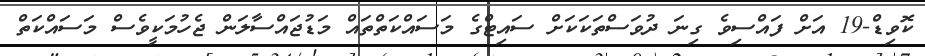
ކޮވިޑް-19 އަށް ފައްސިވެ ގިނަ ދުވަސްތަކަކަށް ސައިޓްގެ މަސައްކަތްތައް މަޑުޖައްސާލަން ޖެހުމަކީވެސް މަސައްކަތް